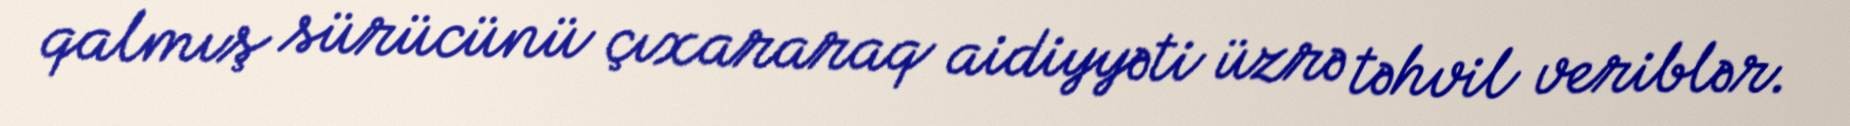
qalmış sürücünü çıxararaq aidiyyəti üzrə təhvil veriblər.